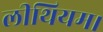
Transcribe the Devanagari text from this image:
लीथियम।